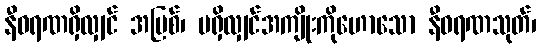
နီဝရဏရှိလျှင် အပြစ်၊ မရှိလျှင်အကျိုးကိုဟောသော နီဝရဏသုတ်၊